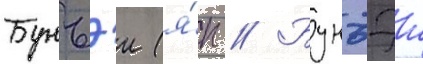
Бунъэи (я́п // Бунъэи